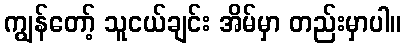
ကျွန်တော့် သူငယ်ချင်း အိမ်မှာ တည်းမှာပါ။